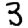
Digit: 3